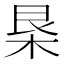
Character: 𣐻